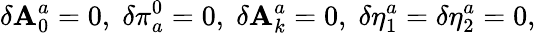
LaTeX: \delta\mathbf{A}_{0}^{a}=0,\; \delta\pi_{a}^{0}=0,\; \delta\mathbf{A}_{k}^{a}=0,\; \delta\eta_{1}^{a}=\delta\eta_{2}^{a}=0,